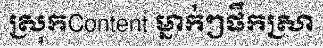
ស្រុកContent ម្នាក់ៗផឹកស្រា